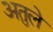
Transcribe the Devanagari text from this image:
अतुले